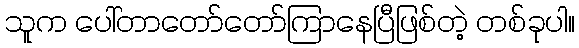
သူက ပေါ်တာတော်တော်ကြာနေပြီဖြစ်တဲ့ တစ်ခုပါ။